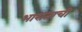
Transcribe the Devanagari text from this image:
भाराताची